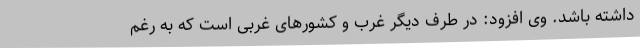
داشته باشد. وی افزود: در طرف دیگر غرب و کشورهای غربی است که به رغم